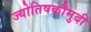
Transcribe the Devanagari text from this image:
ज्योतिषकौमुदी